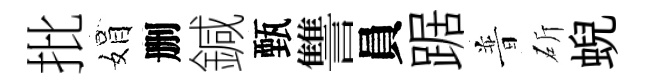
批娟删鍼甄讐員踞普斫蜺